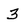
Character: 3